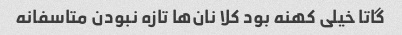
گاتا خیلی کهنه بود کلا نان‌ها تازه نبودن متاسفانه